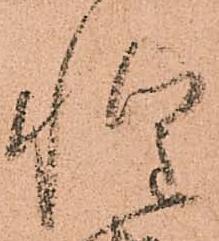
惶